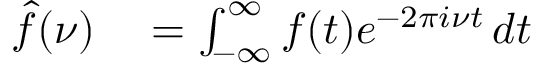
\begin{array} { r l r l } { { \hat { f } } ( \nu ) } & { { } = \int _ { - \infty } ^ { \infty } f ( t ) e ^ { - 2 \pi i \nu t } \, d t } \end{array}